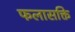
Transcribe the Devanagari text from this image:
फलासक्ति